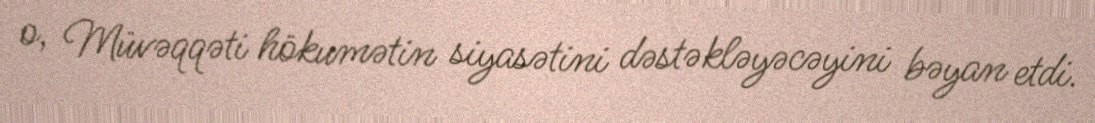
o, Müvəqqəti hökumətin siyasətini dəstəkləyəcəyini bəyan etdi.